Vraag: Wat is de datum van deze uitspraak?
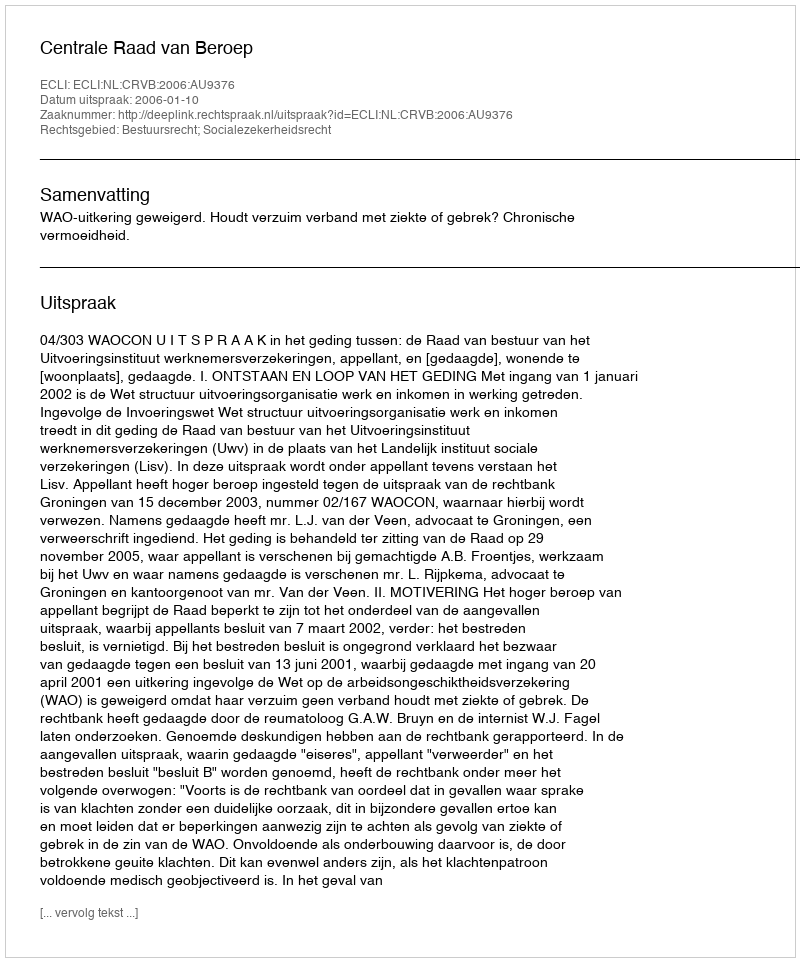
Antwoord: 2006-01-10